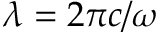
\lambda = 2 \pi c / \omega